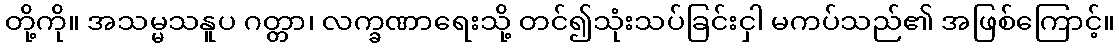
တို့ကို။ အသမ္မသနူပ ဂတ္တာ၊ လက္ခဏာရေးသို့ တင်၍သုံးသပ်ခြင်းငှါ မကပ်သည်၏ အဖြစ်ကြောင့်။